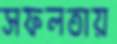
সফলতায়